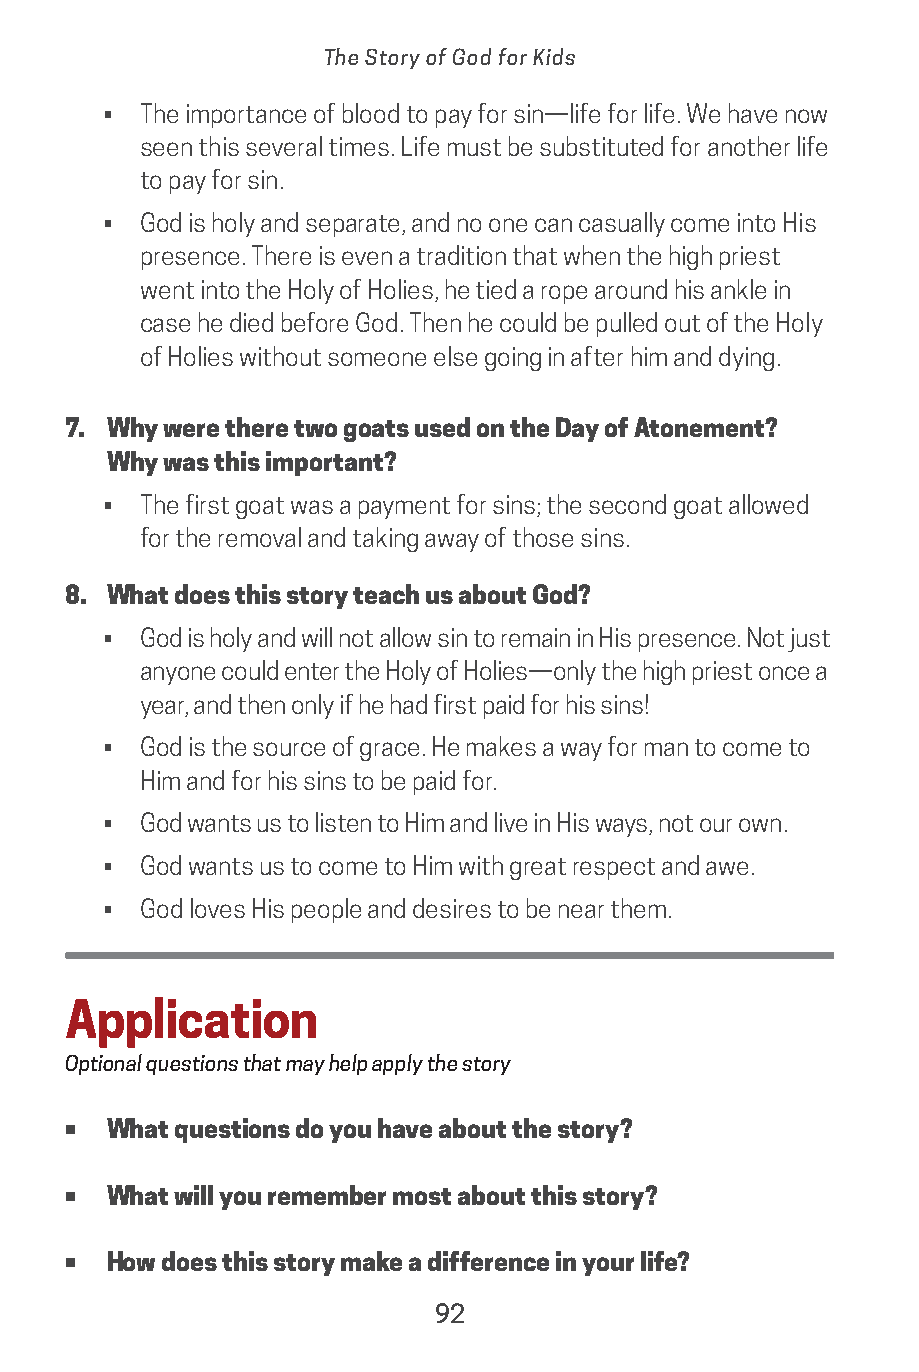
The Story of God for Kids
 •  The importance of blood to pay for sin—life for life. We have now
 seen this several times. Life must be substituted for another life
 to pay for sin.
 •  God is holy and separate, and no one can casually come into His
 presence. There is even a tradition that when the high priest
 went into the Holy of Holies, he tied a rope around his ankle in
 case he died before God. Then he could be pulled out of the Holy
 of Holies without someone else going in after him and dying.
 7. Why were there two goats used on the Day of Atonement?
 Why was this important?
 •  The first goat was a payment for sins; the second goat allowed
 for the removal and taking away of those sins.
 8. What does this story teach us about God?
 •  God is holy and will not allow sin to remain in His presence. Not just
 anyone could enter the Holy of Holies—only the high priest once a
 year, and then only if he had first paid for his sins!
 •  God is the source of grace. He makes a way for man to come to
 Him and for his sins to be paid for.
 •  God wants us to listen to Him and live in His ways, not our own.
 •  God wants us to come to Him with great respect and awe.
 •  God loves His people and desires to be near them.
 Application
 Optional questions that may help apply the story
 •  What questions do you have about the story?
 •  What will you remember most about this story?
 •  How does this story make a difference in your life?
 92
 saturate-story_of_god_kids-2.indd 92              8/10/17 10:11 PM